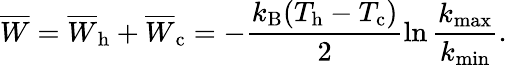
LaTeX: \overline{{W}}=\overline{{W}}_{\mathrm{h}}+\overline{{W}}_{\mathrm{c}}=-\frac{k_{\mathrm{B}}(T_{\mathrm{h}}-T_{\mathrm{c}})}{2}\ln\frac{k_{\mathrm{max}}}{k_{\mathrm{min}}}.